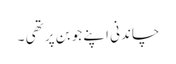
چاندنی اپنے جوبن پر تھی ۔